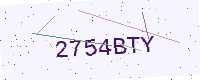
Text: 2754BTY